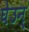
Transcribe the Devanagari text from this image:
घेउन्